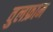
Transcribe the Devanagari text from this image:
वुलफ्राम